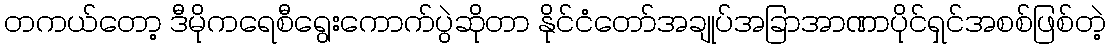
တကယ်တော့ ဒီမိုကရေစီရွေးကောက်ပွဲဆိုတာ နိုင်ငံတော်အချုပ်အခြာအာဏာပိုင်ရှင်အစစ်ဖြစ်တဲ့